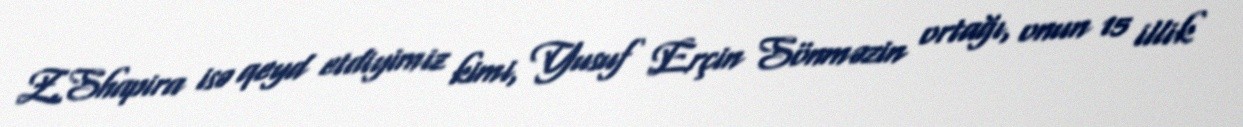
Z.Shapira isə qeyd etdiyimiz kimi, Yusuf Erçin Sönməzin ortağı, onun 15 illik